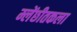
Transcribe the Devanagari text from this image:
म्लेंछीतकला